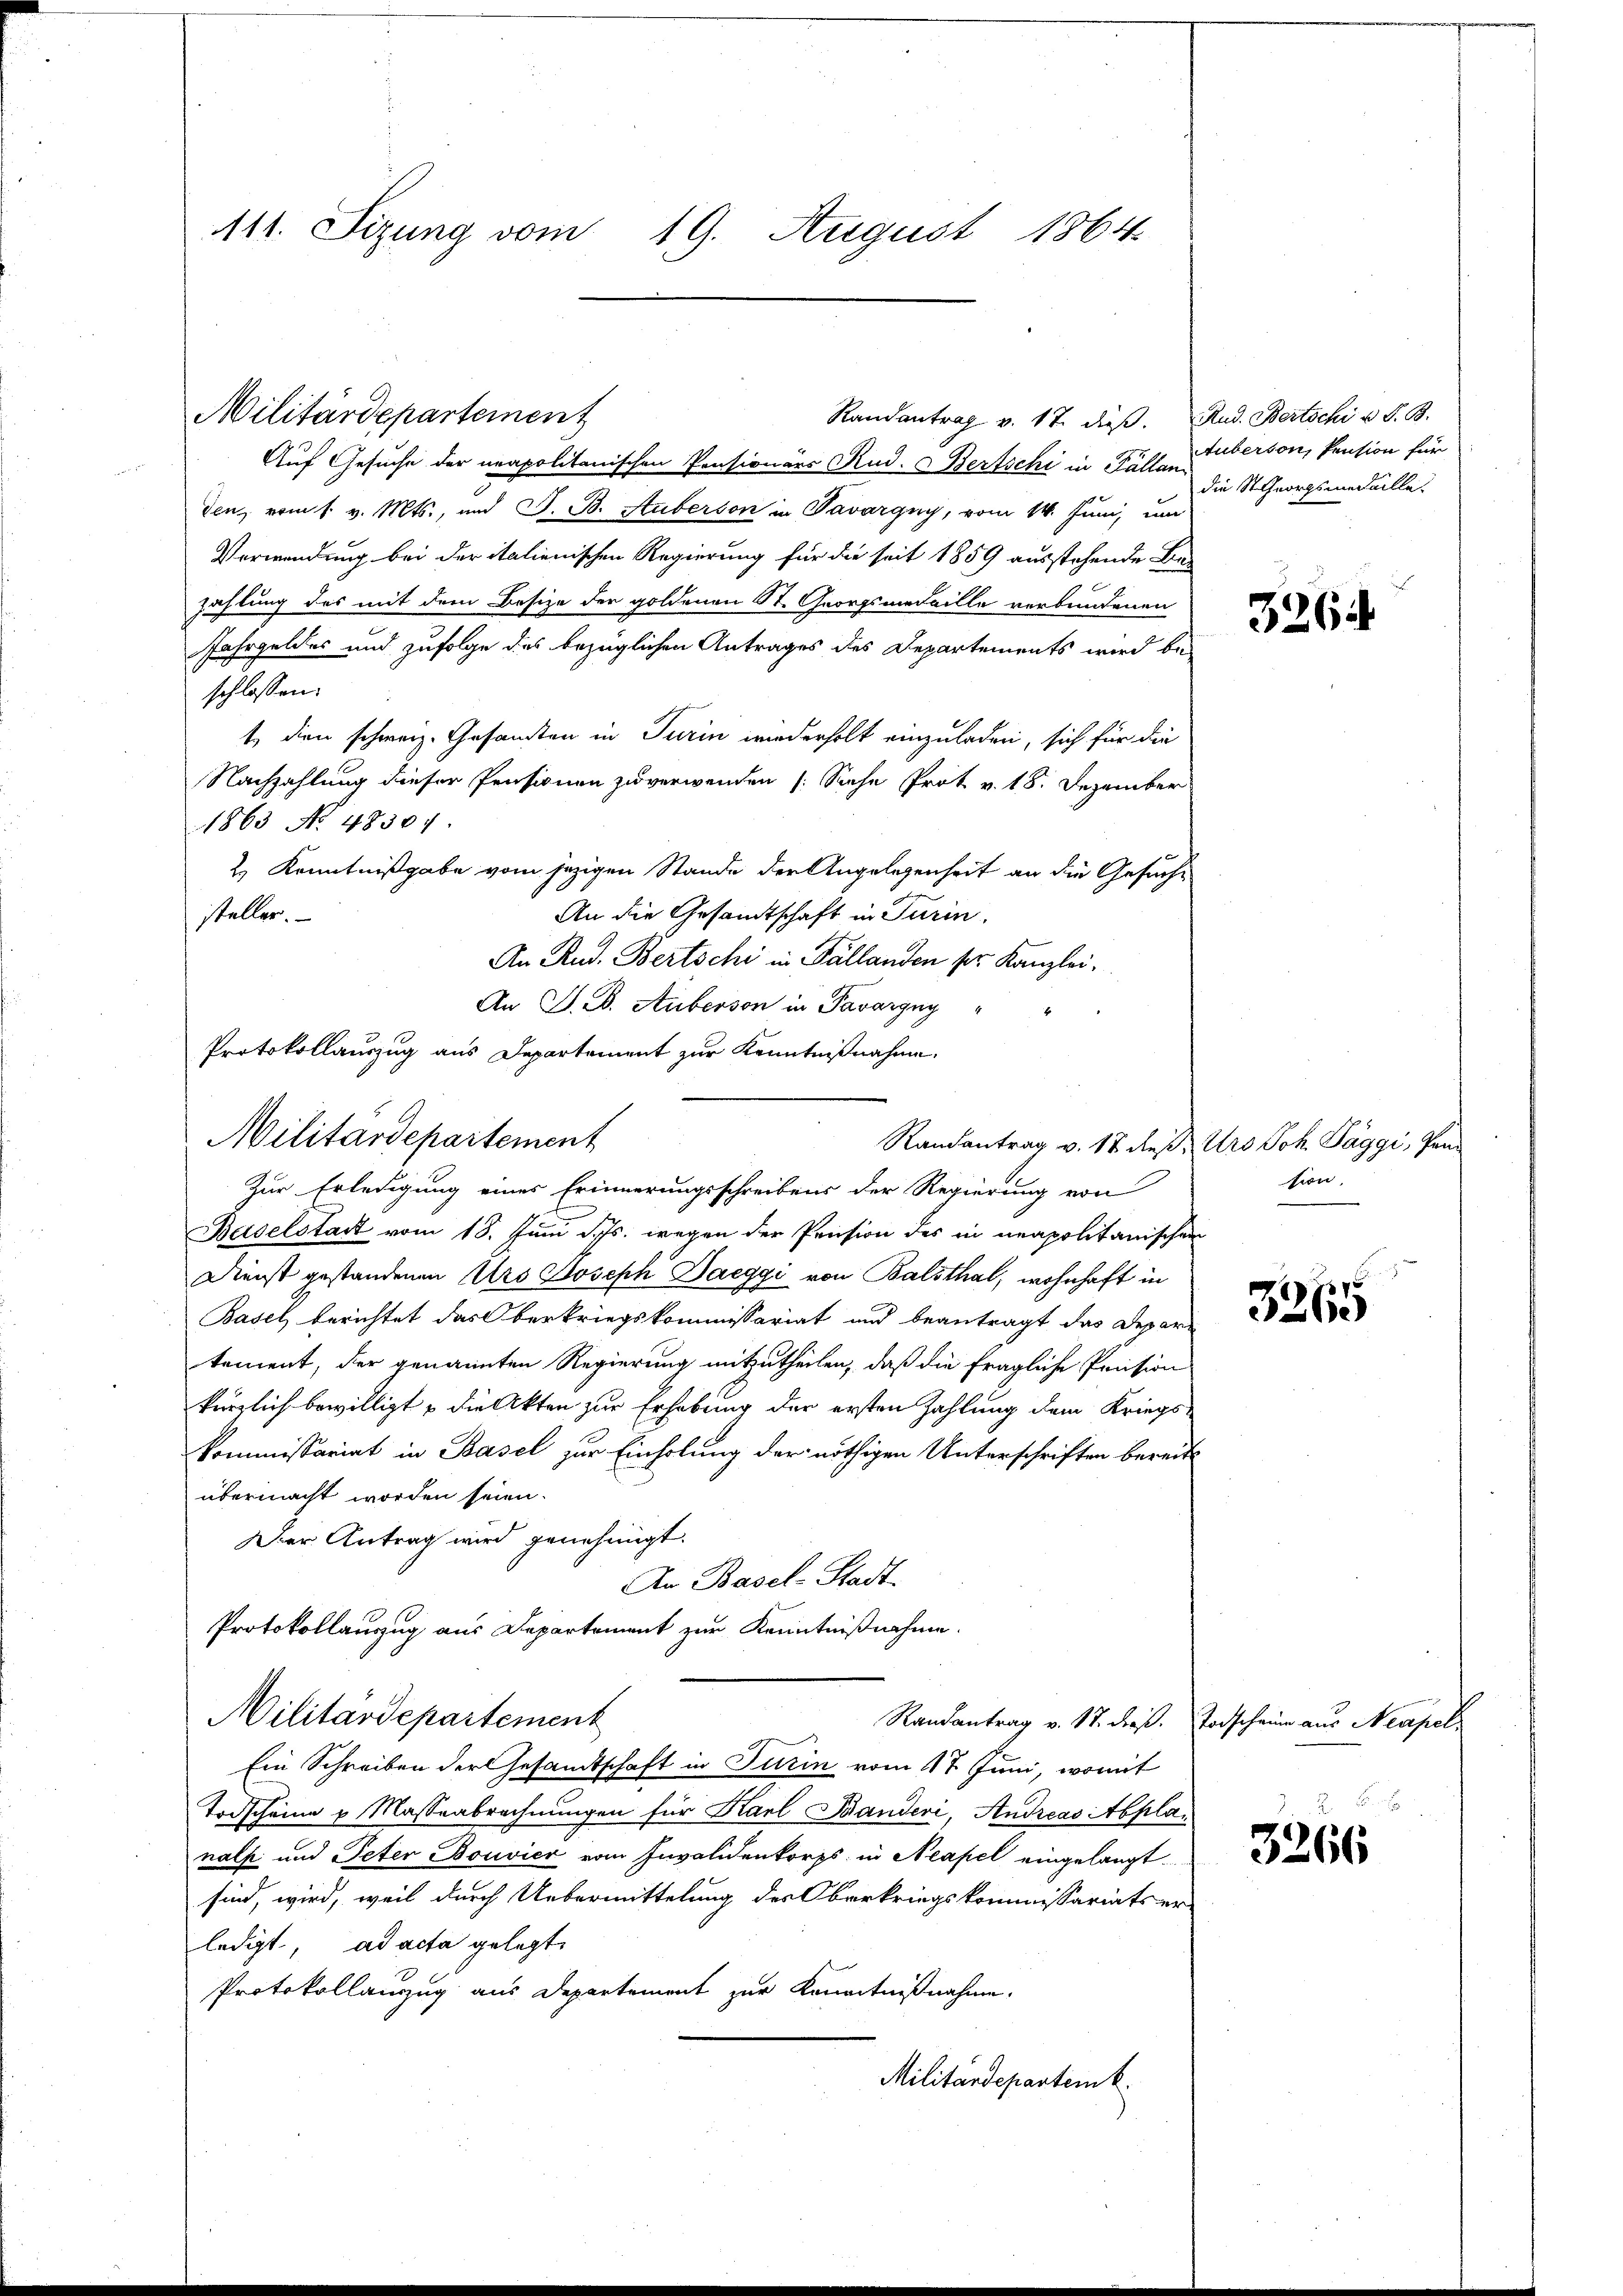
111. Sizung vom
19. August 1864.

Militärdepartement

Auf Gesuche der neapolitanischen Pensionärs Rud. Bertschi in Fälle Person, Pension für
n
den vom 1. v. Mts., und S. B. Stuberson in Tavargny, vom 14. Juni, um
Verwendung bei der italienischen Regierung für die seit 1859 ausstehende Be-
zahlung des mit dem Besize der goldenen St. Georgsmedaille verbundenen
Jahrgeldes und zufolge des bezüglichen Antrages des Departements wird be-
schlossen:
t, dien schweiz. Gesandten in Turin wiederholt einzuladen, sich für die
Nachzahlung dieser Pensionen zu verwenden (Siehe Prot v. 18. Dezember
1863 No. 48307.
2.) Kenntnißgabe vom jezigen Stande der Angelegenheit an die Gesuch¬
An die Gesandtschaft in Turin.
steller.
An Rud. Bertschi in Fällanden pr. Kanzlei,
An J. B. Auberson in Pavargny
Randantrag v. 12 des Urs Joh. Paggi, Pra
Zur Erledigung eines Erinnerungsschreibens der Regierung von
Baselstadt vom 18. Juni d. Js. wegen der Pension des in neapolitanischen
Dienst gestandenen Urs Joseph Daeggi von Balsthal, wohnhaft in
Basel berichtet das Oberkriegskommissariat und beantragt das Depar-
tement, der genannten Regierung mitzutheilen, daß die fragliche Pension
kürzlich bewilligt u die Akten zur Erhebung der ersten Zahlung dem Kriegs-
kommissariat in Basel zur Einholung der nöthigen Unterschriften bereits
übermacht worden seien.
Der Antrag wird genehmigt.
An Basel-Stadt
Protokollanzug aus Departement zur Kenntnißnahme.
Militärdepartement
Randantrag v. St. dieß. Todscheine aus Neapel¬
.
Ein Schreiben der Gesandtschaft in Turin vom 17. Juni, womit
Todscheine u Massenbrechnungen für Karl Banderi, Andreas Abplanalp und Peter Bouvier vom Invalidenkorps in Neapel eingelangt.
sind, wird, weil durch Uebermittelung des Oberkriegskommissariats er-
ledigt. ad acta gelegt,
Protokollauszug aus Departement zur Kenntnißnahme.
Militärdepartenk

Protokollauszug aus Departement zur Kenntnißnahme.
Militärdepartement

Randantrag v. 17. dieβ. Rud. Bertschi u. S. B.

die StGeorgsmedaille.

3264

tion,

x
3260

3266